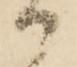
御